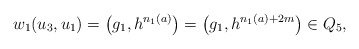
\begin{align*} w_1(u_3,u_1)=\left(g_1,h^{n_1(a)}\right)=\left(g_1,h^{n_1(a)+2m}\right)\in Q_5, \end{align*}